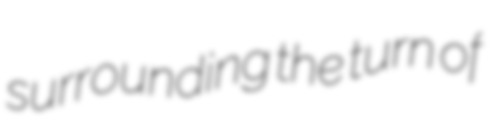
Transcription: surrounding the turn of